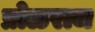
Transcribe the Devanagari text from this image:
प्रोळराज